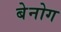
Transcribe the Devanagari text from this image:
बेनोग